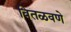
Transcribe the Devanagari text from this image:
वितळवणे